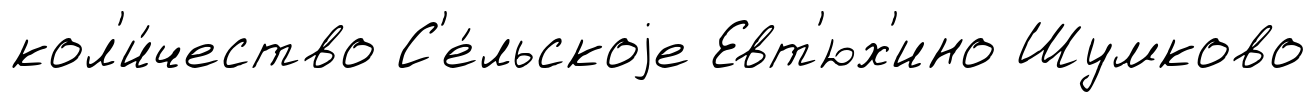
кол'и́чество С'е́льскоjе Евт'юх'ино Шумково